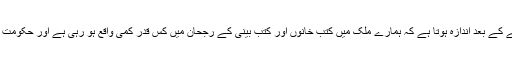
حکومت کی جانب سے کتب بینی کے عالمی دن کو نہایت سادگی سے منانے کے بعد اندازہ ہوتا ہے کہ ہمارے ملک میں کتب خانوں اور کتب بینی کے رجحان میں کس قدر کمی واقع ہو رہی ہے اور حکومت کتب بینی کے فروغ کے اعتبار سے کس قدر سستی کا مظاہرہ کر رہی ہے۔